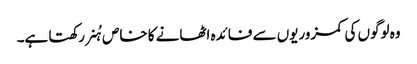
وہ لوگوں کی کمزوریوں سے فائدہ اٹھانے کا خاص ہُنر رکھتا ہے۔